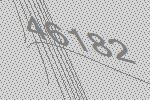
46182